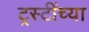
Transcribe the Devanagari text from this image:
ट्रस्टींच्या